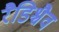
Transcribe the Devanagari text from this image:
रैडिश्चैव